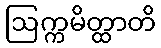
ဩက္ကမိတ္ထာတိ